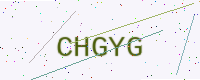
Text: CHGYG